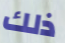
ذلك